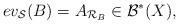
LaTeX: \begin{align*} ev_{\mathcal{S}}(B)= A_{\mathcal{R}_{B}} \in \mathcal{B}^*(X),\end{align*}